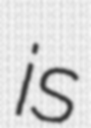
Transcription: is